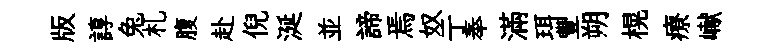
版諄兔札腹赴倪涎並諦焉奴亍奉滿珥豐朔榥療𪩘